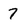
Character: 7